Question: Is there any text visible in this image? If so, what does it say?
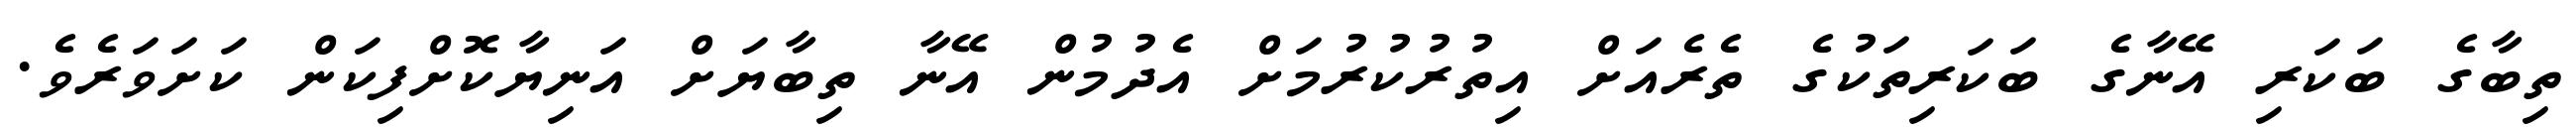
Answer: ތިބާގެ ބަކަރި އޭނާގެ ބަކަރިތަކުގެ ތެރެއަށް އިތުރުކުރުމަށް އެދުމުން އޭނާ ތިބާޔަށް އަނިޔާކޮށްފިކަން ކަށަވަރެވެ.